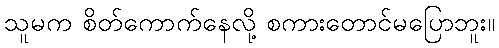
သူမက စိတ်ကောက်နေလို့ စကားတောင်မပြောဘူး။